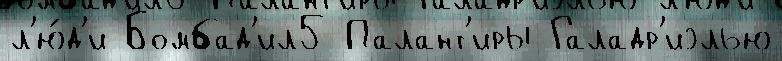
л'ю́д'и Бомбад'ил5 Палант'иры Галадр'иэлью